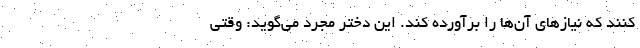
کنند که نیازهای آن‌ها را برآورده کند. این دختر مجرد می‌گوید: وقتی